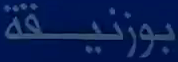
بوزنيقة